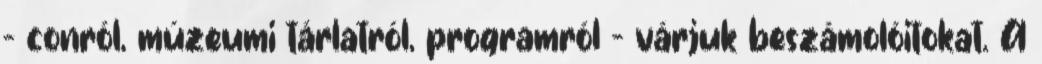
– conról, múzeumi tárlatról, programról – várjuk beszámolóitokat. A